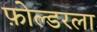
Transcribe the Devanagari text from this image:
फ़ोल्डरला